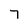
Character: 7